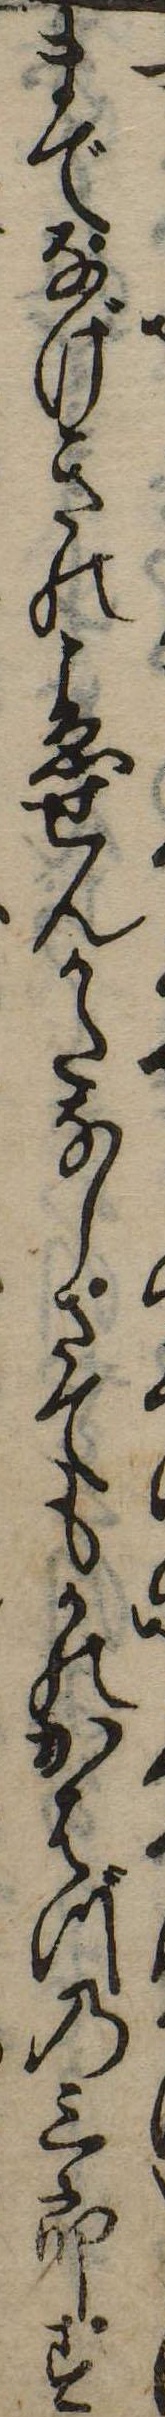
までなげきのこゑせんかたなしさてもかのかはづの三郎す